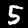
Label: 5